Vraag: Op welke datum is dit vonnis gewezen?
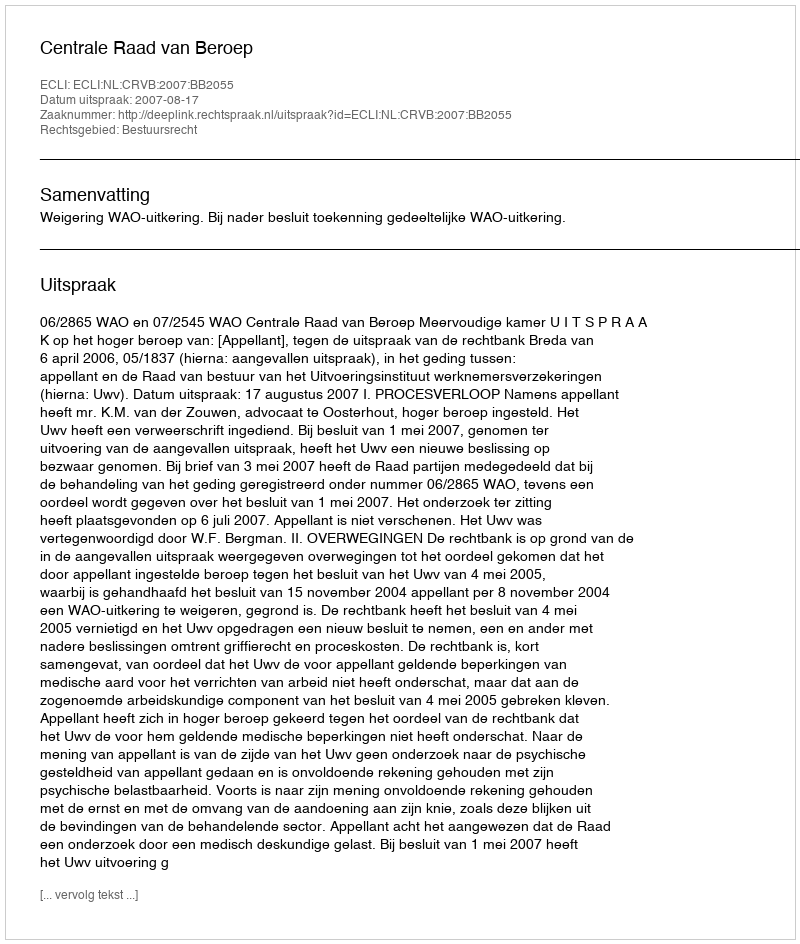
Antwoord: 2007-08-17